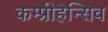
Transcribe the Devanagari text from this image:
कम्प्रीहेन्सिव